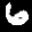
Label: 6